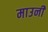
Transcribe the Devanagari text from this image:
माउनी